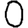
Digit: 0